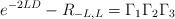
LaTeX: \begin{align*}e^{-2LD}-R_{-L,L}=\Gamma_1\Gamma_2\Gamma_3\end{align*}